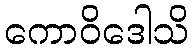
ကောဝိဒေါသိ